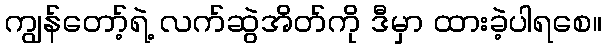
ကျွန်တော့်ရဲ့ လက်ဆွဲအိတ်ကို ဒီမှာ ထားခဲ့ပါရစေ။